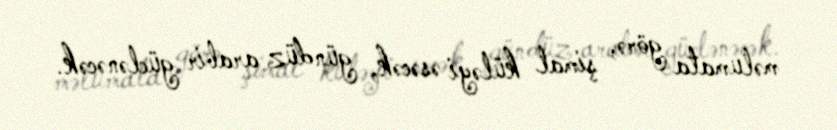
məlumata görə, şimal küləyi əsəcək, gündüz arabir güclənəcək.